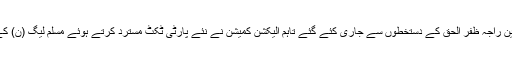
نئے ٹکٹ مسلم لیگ ن کے چیئرمین راجہ ظفر الحق کے دستخطوں سے جاری کئے گئے تاہم الیکشن کمیشن نے نئے پارٹی ٹکٹ مسترد کرتے ہوئے مسلم لیگ (ن) کے امیدواروں کو آزاد قرار دے دیا۔